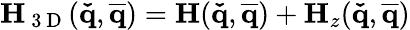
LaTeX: \mathbf{H}_{\mathrm{~3~D~}}(\mathbf{\check{q}},\mathbf{\overline{{q}}})=\mathbf{H}(\mathbf{\check{q}},\mathbf{\overline{{q}}})+\mathbf{H}_{z}(\mathbf{\check{q}},\mathbf{\overline{{q}}})